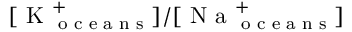
[ \textrm { K } _ { \textrm { o c e a n s } } ^ { + } ] / [ \textrm { N a } _ { \textrm { o c e a n s } } ^ { + } ]